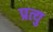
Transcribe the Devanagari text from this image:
प्रत्यु